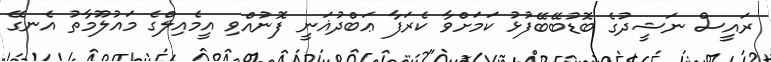
ރައީސް ނަޝީދުގެ ބޮޑުބޭބޭފުޅު ކަމަށްވާ ކެރަފާ ޢަބްދުޣަނީ ފޮނުއްވި އީމެއިލްގެ މައުލޫމާތު އެނގޭ